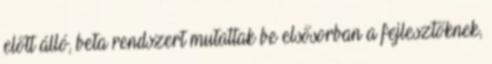
előtt álló, beta rendszert mutattak be elsősorban a fejlesztőknek,